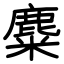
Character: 麋